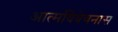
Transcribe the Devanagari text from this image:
आत्मविवेचनास